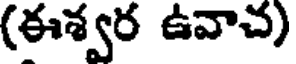
(ఈశ్వర ఉవాచ)